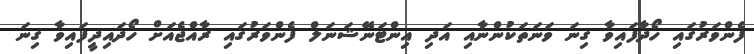
ފެންވަރުގައި ހޯދާފައިވާ ގިނަ ވަނަތަކުންނާއި އަދި އިންޓަނޭޝަނަލް ފެންވަރުގައި ރާއްޖެއަށް ހޯދައިދީފައިވާ ގިނަ